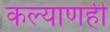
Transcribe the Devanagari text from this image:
कल्याणही